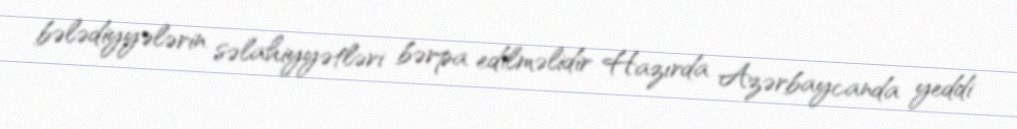
bələdiyyələrin səlahiyyətləri bərpa edilməlidir Hazırda Azərbaycanda yeddi